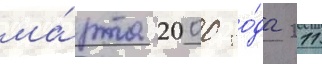
ма́рта 2000 го́да 211